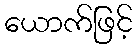
ယောက်ဖြင့်